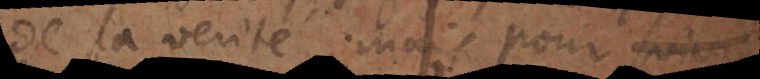
de la verité; mais pour